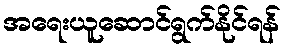
အရေးယူဆောင်ရွက်နိုင်ရန်